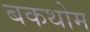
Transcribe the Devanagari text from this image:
बकथोम